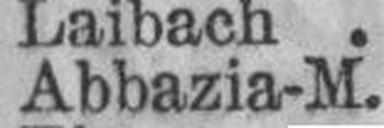
Abbazia-M.